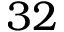
3 2